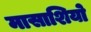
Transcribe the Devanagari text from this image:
मासाशियो